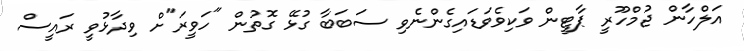
އަލްހާން ޖުމްހޫރީ ޕާޓީން ވަކިވެވަޑައިގެންނެވި ސަބަބާ ގުޅޭ ގޮތުން "ހަވީރަ"ށް ވިދާޅުވީ ރައީސް